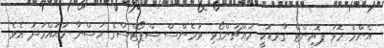
އެންމެ މޮޅު ޕޮއިންޓް ގާރޑަކީ މައްޗަންގޯޅި ވުމެންސް ސްޕޯޓްސްގެ ހުސްނާ މުޙައްމަދު އެވެ.